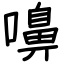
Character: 嚊